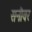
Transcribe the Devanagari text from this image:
सनौवर